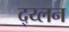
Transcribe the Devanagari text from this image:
द्य्लन